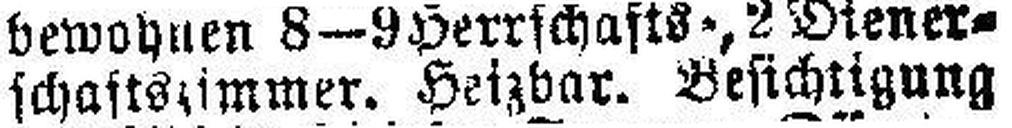
schaftstimmer. Heizbar. Besichtigung